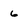
Character: 6